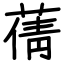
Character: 蒨